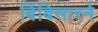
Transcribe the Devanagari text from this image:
बिंबिसारने